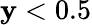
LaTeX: \mathbf{y}<0.5